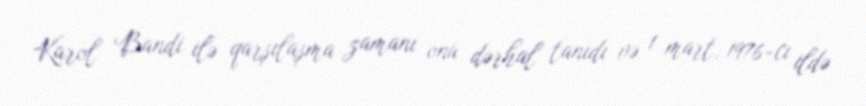
Karol Bandi ilə qarşılaşma zamanı onu dərhal tanıdı və 1 mart, 1976-cı ildə